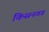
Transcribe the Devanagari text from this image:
किसनगड